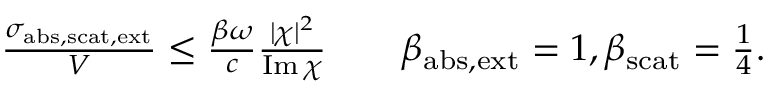
\begin{array} { r } { \frac { \sigma _ { \mathrm { a b s , s c a t , e x t } } } { V } \leq \frac { \beta \omega } { c } \frac { | \chi | ^ { 2 } } { \operatorname { I m } \chi } \qquad \beta _ { \mathrm { a b s , e x t } } = 1 , \beta _ { \mathrm { s c a t } } = \frac { 1 } { 4 } . } \end{array}